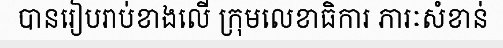
បានរៀបរាប់ខាងលើ ក្រុមលេខាធិការ ភារៈសំខាន់